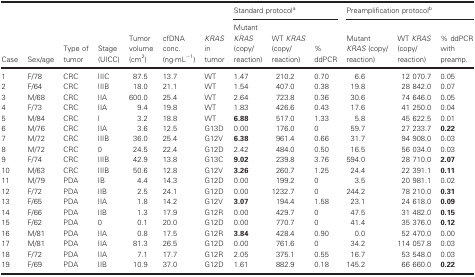
<table><thead><tr><td rowspan="2"><b>Case</b></td><td rowspan="2"><b>Sex/age</b></td><td rowspan="2"><b>Type of tumor</b></td><td rowspan="2"><b>Stage (UICC)</b></td><td rowspan="2"><b>Tumor volume (cm<sup>2</sup>)</b></td><td rowspan="2"><b>cfDNA conc. (ng·mL<sup>−1</sup>)</b></td><td rowspan="2"><b><i>KRAS</i> in tumor</b></td><td colspan="3"><b>Standard protocola</b></td><td colspan="3"><b>Preamplification protocolb</b></td></tr><tr><td><b>Mutant <i>KRAS</i> (copy/reaction)</b></td><td><b>WT <i>KRAS</i> (copy/reaction)</b></td><td><b>% ddPCR</b></td><td><b>Mutant <i>KRAS</i> (copy/reaction)</b></td><td><b>WT <i>KRAS</i> (copy/reaction)</b></td><td><b>% ddPCR with preamp.</b></td></tr></thead><tbody><tr><td>1</td><td>F/78</td><td>CRC</td><td>IIIC</td><td>87.5</td><td>13.7</td><td>WT</td><td>1.47</td><td>210.2</td><td>0.70</td><td>6.6</td><td>12 070.7</td><td>0.05</td></tr><tr><td>2</td><td>F/64</td><td>CRC</td><td>IIIB</td><td>18.0</td><td>21.1</td><td>WT</td><td>1.54</td><td>407.0</td><td>0.38</td><td>19.8</td><td>28 842.0</td><td>0.07</td></tr><tr><td>3</td><td>M/68</td><td>CRC</td><td>IIA</td><td>600.0</td><td>25.4</td><td>WT</td><td>2.64</td><td>723.8</td><td>0.36</td><td>30.6</td><td>74 646.0</td><td>0.05</td></tr><tr><td>4</td><td>F/73</td><td>CRC</td><td>IIA</td><td>9.4</td><td>19.8</td><td>WT</td><td>1.83</td><td>426.6</td><td>0.43</td><td>17.6</td><td>41 250.0</td><td>0.04</td></tr><tr><td>5</td><td>M/84</td><td>CRC</td><td>I</td><td>3.2</td><td>18.8</td><td>WT</td><td><b>6.88</b></td><td>517.0</td><td>1.33</td><td>5.8</td><td>45 622.5</td><td>0.01</td></tr><tr><td>6</td><td>M/76</td><td>CRC</td><td>IIA</td><td>3.6</td><td>12.5</td><td>G13D</td><td>0.00</td><td>176.0</td><td>0</td><td>59.7</td><td>27 233.7</td><td><b>0.22</b></td></tr><tr><td>7</td><td>M/72</td><td>CRC</td><td>IIIB</td><td>36.0</td><td>25.4</td><td>G12V</td><td><b>6.38</b></td><td>961.4</td><td>0.66</td><td>31.7</td><td>94 908.0</td><td>0.03</td></tr><tr><td>8</td><td>M/72</td><td>CRC</td><td>0</td><td>24.5</td><td>22.4</td><td>G12D</td><td>2.42</td><td>484.0</td><td>0.50</td><td>16.5</td><td>56 034.0</td><td>0.03</td></tr><tr><td>9</td><td>F/74</td><td>CRC</td><td>IIIB</td><td>42.9</td><td>13.8</td><td>G13C</td><td><b>9.02</b></td><td>239.8</td><td>3.76</td><td>594.0</td><td>28 710.0</td><td><b>2.07</b></td></tr><tr><td>10</td><td>M/63</td><td>CRC</td><td>IIIB</td><td>50.6</td><td>12.8</td><td>G12V</td><td><b>3.26</b></td><td>260.7</td><td>1.25</td><td>24.4</td><td>22 391.1</td><td><b>0.11</b></td></tr><tr><td>11</td><td>M/79</td><td>PDA</td><td>IB</td><td>4.4</td><td>14.3</td><td>G12D</td><td>0.00</td><td>199.2</td><td>0</td><td>3.5</td><td>20 981.1</td><td>0.02</td></tr><tr><td>12</td><td>F/72</td><td>PDA</td><td>IIB</td><td>2.5</td><td>24.1</td><td>G12D</td><td>0.00</td><td>1232.7</td><td>0</td><td>244.2</td><td>78 210.0</td><td><b>0.31</b></td></tr><tr><td>13</td><td>F/65</td><td>PDA</td><td>IIA</td><td>1.8</td><td>14.2</td><td>G12V</td><td><b>3.07</b></td><td>194.4</td><td>1.58</td><td>23.1</td><td>24 618.0</td><td><b>0.09</b></td></tr><tr><td>14</td><td>F/66</td><td>PDA</td><td>IIB</td><td>1.3</td><td>17.9</td><td>G12R</td><td>0.00</td><td>429.7</td><td>0</td><td>47.5</td><td>31 482.0</td><td><b>0.15</b></td></tr><tr><td>15</td><td>F/62</td><td>PDA</td><td>0</td><td>0.1</td><td>20.0</td><td>G12D</td><td>0.00</td><td>770.7</td><td>0</td><td>41.4</td><td>35 376.0</td><td><b>0.12</b></td></tr><tr><td>16</td><td>M/81</td><td>PDA</td><td>IIA</td><td>0.8</td><td>17.5</td><td>G12R</td><td><b>3.84</b></td><td>428.4</td><td>0.90</td><td>0.0</td><td>52 470.0</td><td>0.00</td></tr><tr><td>17</td><td>M/81</td><td>PDA</td><td>IIA</td><td>81.3</td><td>26.5</td><td>G12D</td><td>0.00</td><td>761.6</td><td>0</td><td>34.2</td><td>114 057.8</td><td>0.03</td></tr><tr><td>18</td><td>F/72</td><td>PDA</td><td>IIA</td><td>7.1</td><td>17.7</td><td>G12R</td><td>2.05</td><td>375.1</td><td>0.55</td><td>16.7</td><td>53 548.0</td><td>0.03</td></tr><tr><td>19</td><td>F/69</td><td>PDA</td><td>IIB</td><td>10.9</td><td>37.0</td><td>G12D</td><td>1.61</td><td>882.9</td><td>0.18</td><td>145.2</td><td>66 660.0</td><td><b>0.22</b></td></tr></tbody></table>